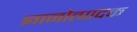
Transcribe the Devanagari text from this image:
ज्ञानोत्पादक